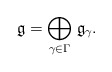
\begin{align*}\mathfrak{g}= \underset{\gamma \in \Gamma}{\bigoplus}\; \mathfrak{g}_{\gamma}.\end{align*}